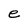
Character: e